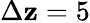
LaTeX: \Delta\mathbf{z}=5